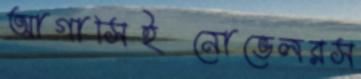
আগাসিইনোভেলরস